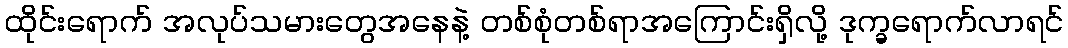
ထိုင်းရောက် အလုပ်သမားတွေအနေနဲ့ တစ်စုံတစ်ရာအကြောင်းရှိလို့ ဒုက္ခရောက်လာရင်